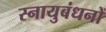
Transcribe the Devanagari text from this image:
स्नायुबंधनों